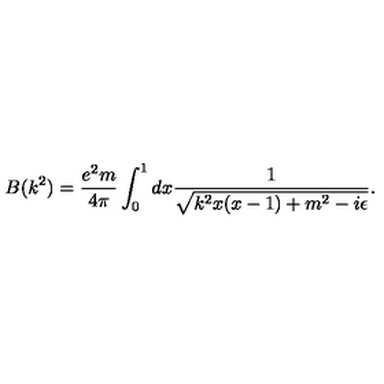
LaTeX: B ( k ^ { 2 } ) = \frac { e ^ { 2 } m } { 4 \pi } \int _ { 0 } ^ { 1 } d x \frac { 1 } { \sqrt { k ^ { 2 } x ( x - 1 ) + m ^ { 2 } - i \epsilon } } .